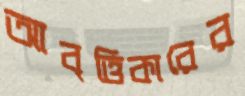
আবৃত্তিকারের